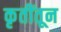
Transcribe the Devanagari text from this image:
कृतींतून